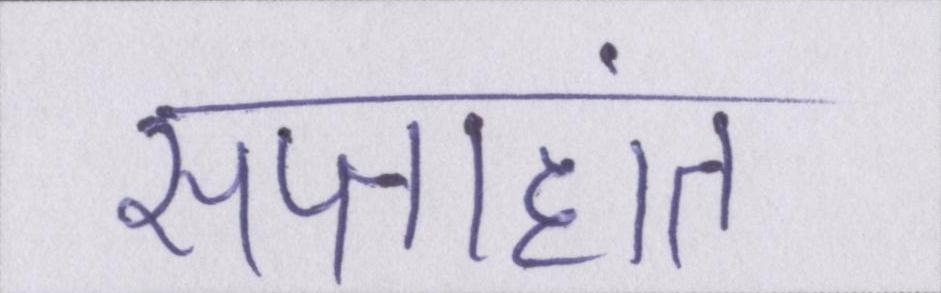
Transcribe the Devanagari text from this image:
सप्ताहांत